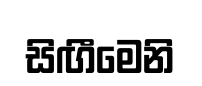
සිඟීමෙනි